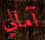
آمالي